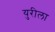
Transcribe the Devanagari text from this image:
युरीला